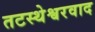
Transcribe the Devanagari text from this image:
तटस्थेश्वरवाद